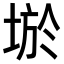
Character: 𡌧